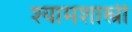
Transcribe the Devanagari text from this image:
श्यामशास्त्री